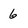
Character: 6